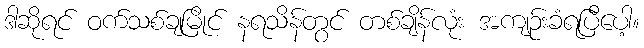
ဒါဆိုရင် ဝက်သစ်ချမြိုင် နရသိန်တွင် တစ်ချိန်လုံး အကျဉ်းခံရပြီပေါ့။